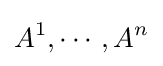
A^{1},\cdots ,A^{n}